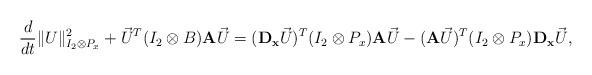
LaTeX: \begin{align*}\dfrac{d}{dt} \|U\|^2_{I_2 \otimes P_x}+ \vec U^T (I_2 \otimes B) {\bf A} \vec U=({\bf D_x} \vec U)^T (I_2 \otimes P_x){\bf A}\vec U-({\bf A}\vec U)^T (I_2 \otimes P_x) {\bf D_x} \vec U,\end{align*}